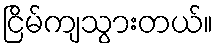
ငြိမ်ကျသွားတယ်။